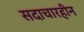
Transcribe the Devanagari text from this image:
सदाचारहीन